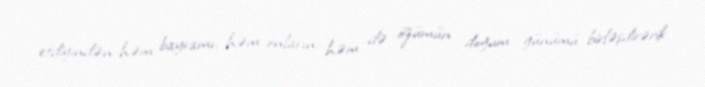
etdiyindən həm bayramı, həm onların, həm də özümün doğum günümü birləşdirərik.